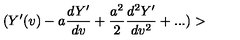
( Y ^ { \prime } ( v ) - a { \frac { d Y ^ { \prime } } { d v } } + { \frac { a ^ { 2 } } { 2 } } { \frac { d ^ { 2 } Y ^ { \prime } } { d v ^ { 2 } } } + . . . ) >